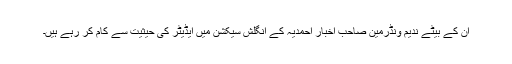
ان کے بیٹے ندیم ونڈرمین صاحب اخبار احمدیہ کے انگلش سیکشن میں ایڈیٹر کی حیثیت سے کام کر رہے ہیں۔